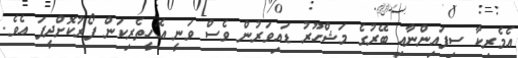
އެމެރިކާ ސިފައިންނާއި ބޭރުގެ މަޝްހޫރު ޑައިވަރުން ވެސް ވަނީ އެހީތެރިކަން ފޯރުކޮށްދީފަ އެވެ.